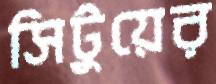
সিটুয়ের